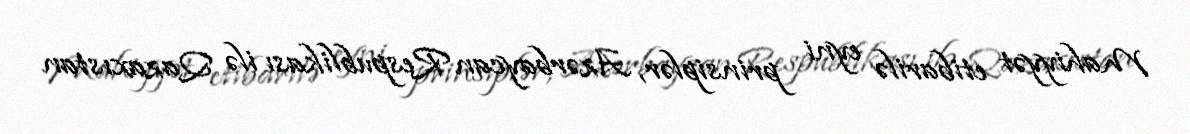
Mahiyyət etibarilə eyni prinsiplər, Azərbaycan Respublikası ilə Qazaxıstan